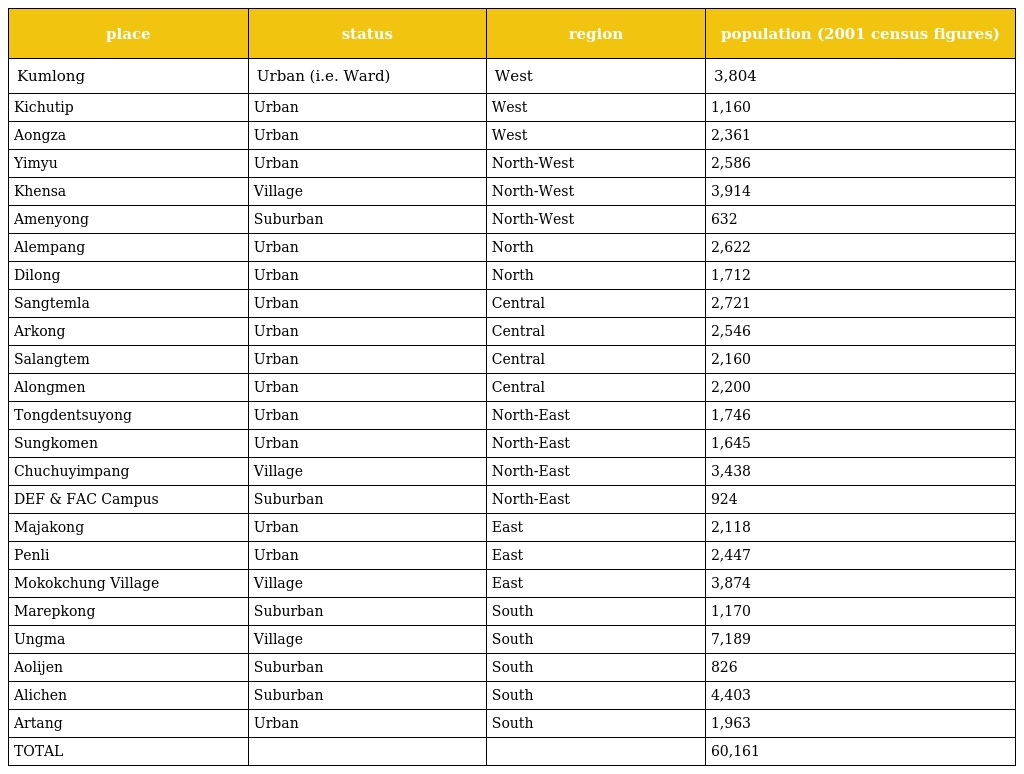
| place | status | region | population (2001 census figures) |
 | --- | --- | --- | --- |
 | Kumlong | Urban (i.e. Ward) | West | 3,804 |
 | Kichutip | Urban | West | 1,160 |
 | Aongza | Urban | West | 2,361 |
 | Yimyu | Urban | North-West | 2,586 |
 | Khensa | Village | North-West | 3,914 |
 | Amenyong | Suburban | North-West | 632 |
 | Alempang | Urban | North | 2,622 |
 | Dilong | Urban | North | 1,712 |
 | Sangtemla | Urban | Central | 2,721 |
 | Arkong | Urban | Central | 2,546 |
 | Salangtem | Urban | Central | 2,160 |
 | Alongmen | Urban | Central | 2,200 |
 | Tongdentsuyong | Urban | North-East | 1,746 |
 | Sungkomen | Urban | North-East | 1,645 |
 | Chuchuyimpang | Village | North-East | 3,438 |
 | DEF & FAC Campus | Suburban | North-East | 924 |
 | Majakong | Urban | East | 2,118 |
 | Penli | Urban | East | 2,447 |
 | Mokokchung Village | Village | East | 3,874 |
 | Marepkong | Suburban | South | 1,170 |
 | Ungma | Village | South | 7,189 |
 | Aolijen | Suburban | South | 826 |
 | Alichen | Suburban | South | 4,403 |
 | Artang | Urban | South | 1,963 |
 | TOTAL |  |  | 60,161 |